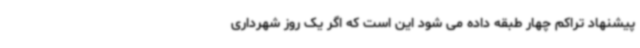
پیشنهاد تراکم چهار طبقه داده می شود این است که اگر یک روز شهرداری